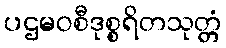
ပဌမဝစီဒုစ္စရိတသုတ္တံ